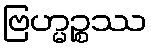
ဗြဟ္မဉ္စဿ